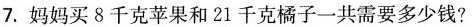
7.妈妈买8千克苹果和21千克橘子一共需要多少钱?